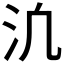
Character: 𪵬